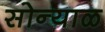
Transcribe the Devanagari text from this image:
सोन्याळ